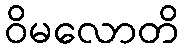
ဝိမလောတိ